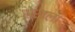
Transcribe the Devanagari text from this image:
सेखला